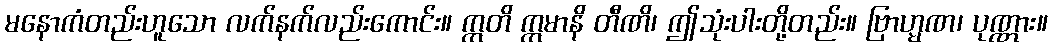
မနောကံတည်းဟူသော လက်နက်လည်းကောင်း။ ဣတိ ဣမာနိ တီဏိ၊ ဤသုံးပါးတို့တည်း။ ဗြာဟ္မဏ၊ ပုဏ္ဏား။